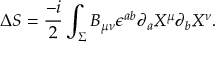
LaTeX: \Delta S = \frac { - i } { 2 } \int _ { \Sigma } B _ { \mu \nu } \epsilon ^ { a b } \partial _ { a } X ^ { \mu } \partial _ { b } X ^ { \nu } .